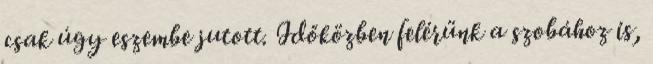
csak úgy eszembe jutott. Időközben felérünk a szobához is,